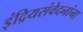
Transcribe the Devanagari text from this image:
इंद्रियसंवेदनांना